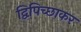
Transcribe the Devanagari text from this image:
द्विपिच्छाकर